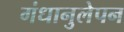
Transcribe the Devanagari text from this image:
गंधानुलेपन